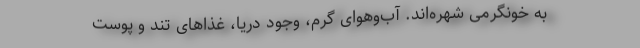
به خونگرمی شهره‌‌اند. آب‌وهوای گرم، وجود دریا، غذاهای تند و پوستِ